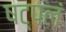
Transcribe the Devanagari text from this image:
षट्पलं